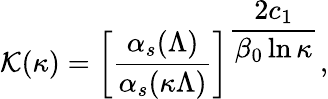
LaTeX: {\cal K}(\kappa)=\left[\frac{\alpha_{s}(\Lambda)}{\alpha_{s}(\kappa\Lambda)}\right]^{\displaystyle\frac{2c_{1}}{\beta_{0}\ln\kappa}},